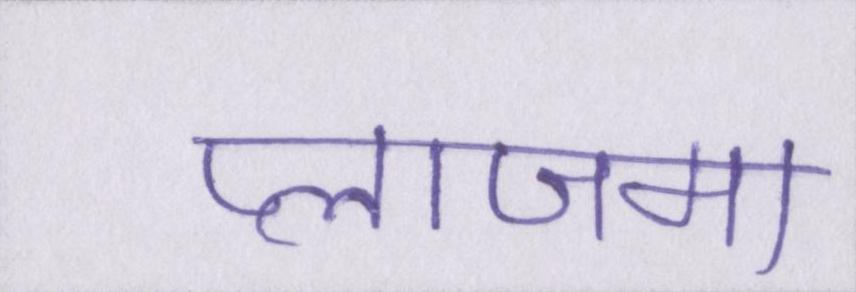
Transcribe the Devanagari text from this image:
प्लाजमा